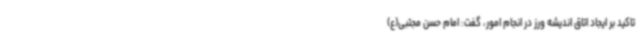
تاکید بر ایجاد اتاق اندیشه ورز در انجام امور، گفت: امام حسن مجتبی(ع)